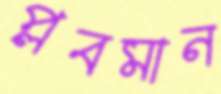
প্লবমান